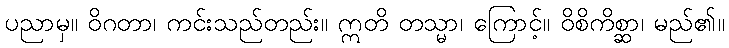
ပညာမှ။ ဝိဂတာ၊ ကင်းသည်တည်း။ ဣတိ တသ္မာ၊ ကြောင့်။ ဝိစိကိစ္ဆာ၊ မည်၏။